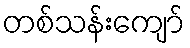
တစ်သန်းကျော်